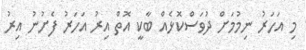
މި އަހަރު ނިމުމަށް ދުވަސްކޮޅެއް ބާކީ އޮތް އިރު އަހަރު ފެށުނު އިރު